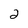
Character: 2